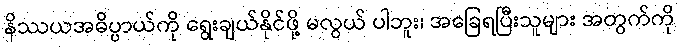
နိဿယအဓိပ္ပာယ်ကို ရွေးချယ်နိုင်ဖို့ မလွယ် ပါဘူး၊ အခြေရပြီးသူများ အတွက်ကို